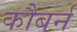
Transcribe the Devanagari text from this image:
कौबर्न